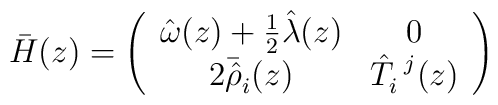
\bar{H}(z)=\left(\begin{array}{cc}\hat{\omega}(z)+\textstyle{\frac{1}{2}}\hat{\lambda}(z)&0\\2\bar{\hat{\rho}}_{i}(z)&\hat{T}_{i}^{~j}(z)\end{array}\right)